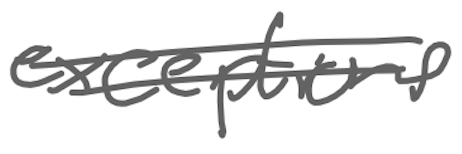
Text: exceptions
Cross-out: double-line
Writing tool: digital_gray